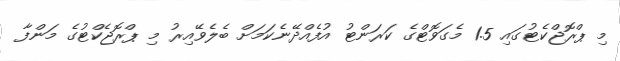
މި ޕްރޮޖްކެޓުގައި 1.5 މެގަވޮޓްގެ ކަރަންޓު އުފެއްދޭނެކަމަށް ބެލެވޭއިރު މި ޕްރޮޖެކްޓުގެ މަންފާ